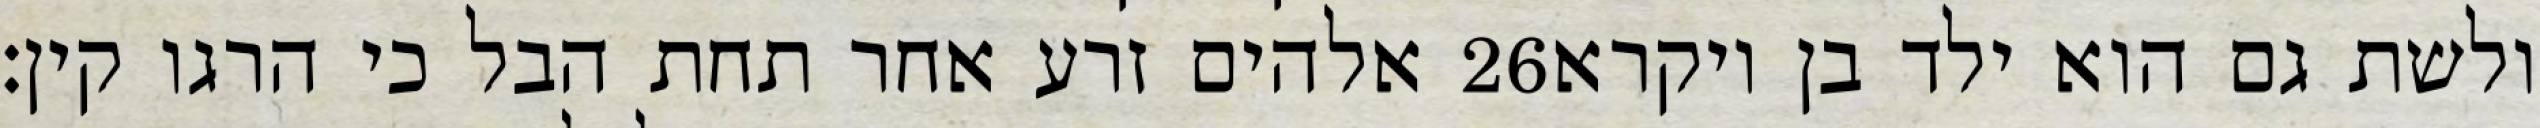
אלהים זרע אחר תחת הבל כי הרגו קין׃ ‎26‏ ולשת גם הוא ילד בן ויקרא